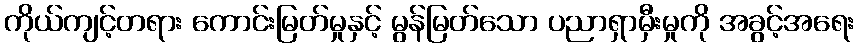
ကိုယ်ကျင့်တရား ကောင်းမြတ်မှုနှင့် မွန်မြတ်သော ပညာရှာမှီးမှုကို အခွင့်အရေး